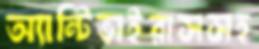
অ্যান্টিভাইরাসসহ